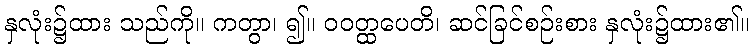
နှလုံး၌ထား သည်ကို။ ကတွာ၊ ၍။ ဝဝတ္ထပေတိ၊ ဆင်ခြင်စဉ်းစား နှလုံး၌ထား၏။